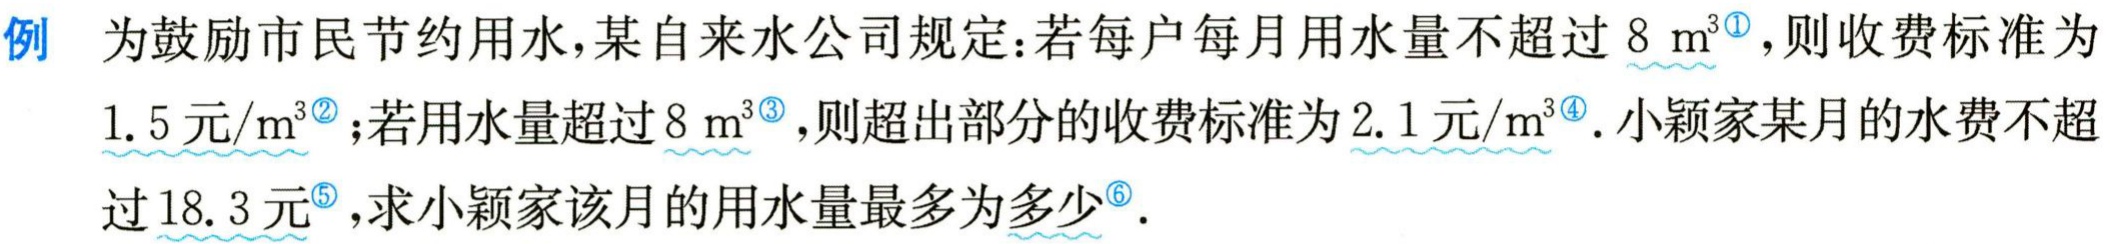
例 为鼓励市民节约用水，某自来水公司规定：若每户每月用水量不超过\(8\mathrm{ m}^{3}\)，则收费标准为\(1.5\)元\(/\mathrm{ m}^{3}\)；若用水量超过\(8\mathrm{ m}^{3}\)，则超出部分的收费标准为\(2.1\)元\(/\mathrm{ m}^{3}\)。小颖家某月的水费不超过\(18.3\)元，求小颖家该月的用水量最多为多少。